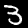
Digit: 3